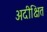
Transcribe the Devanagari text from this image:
अदीक्षित